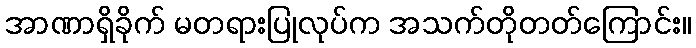
အာဏာရှိခိုက် မတရားပြုလုပ်က အသက်တိုတတ်ကြောင်း။